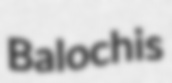
Balochis